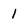
Character: 1